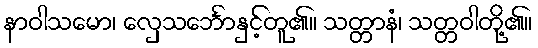
နာဝါသမော၊ လှေသင်္ဘောနှင့်တူ၏။ သတ္တာနံ၊ သတ္တဝါတို့၏။